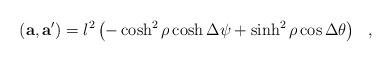
LaTeX: \begin{align*}({\bf a }, {\bf a'})=l^2 \left(-\cosh^2\rho \cosh \Delta \psi+\sinh^2\rho \cos\Delta \theta \right) ~~,\end{align*}